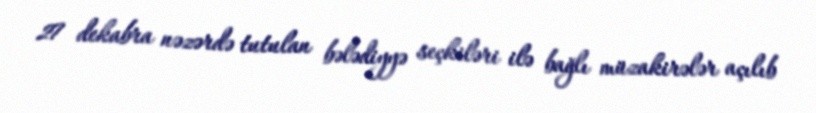
27 dekabra nəzərdə tutulan bələdiyyə seçkiləri ilə bağlı müzakirələr açılıb